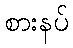
စားနပ်